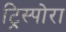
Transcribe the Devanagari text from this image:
ट्रिस्पोरा